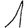
Digit: 1